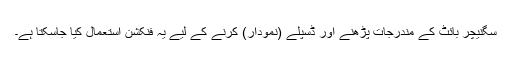
سگنیچر بائٹ کے مندرجات پڑھنے اور ڈسپلے (نمودار) کرنے کے لیے یہ فنکشن استعمال کیا جاسکتا ہے۔